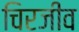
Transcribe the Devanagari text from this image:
चिरजीव